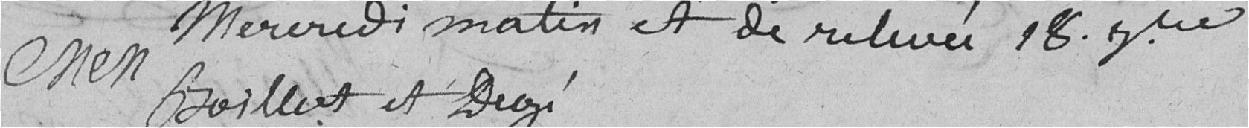
mercredi matin et de relevée 18